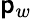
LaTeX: \mathsf{p}_{w}